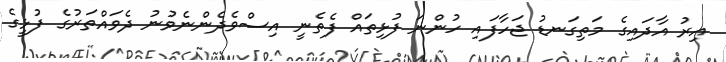
އިރު އާދައިގެ މަތިގަނޑު ޖަހާފައި ހުންނަ ފުޅިތައް ފެތެނީ އިސްވެދެންނެވުނު ދެވައްތަރުގެ ފުޅީގެ